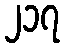
၂၁၇